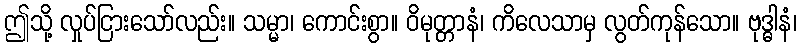
ဤသို့ လှုပ်ငြားသော်လည်း။ သမ္မာ၊ ကောင်းစွာ။ ဝိမုတ္တာနံ၊ ကိလေသာမှ လွတ်ကုန်သော။ ဗုဒ္ဓါနံ၊